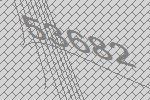
53682